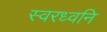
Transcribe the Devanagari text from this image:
स्वरध्वनि